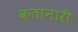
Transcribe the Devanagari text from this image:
कतानारी